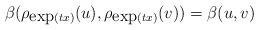
LaTeX: \begin{align*}\beta(\rho_{\mbox{exp}(tx)}(u),\rho_{\mbox{exp}(tx)}(v))=\beta(u,v)\end{align*}